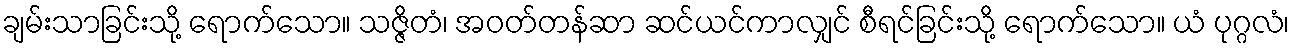
ချမ်းသာခြင်းသို့ ရောက်သော။ သဇ္ဇိတံ၊ အဝတ်တန်ဆာ ဆင်ယင်ကာလျှင် စီရင်ခြင်းသို့ ရောက်သော။ ယံ ပုဂ္ဂလံ၊